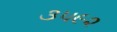
૩૫૯૨